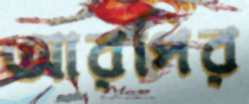
আরপির